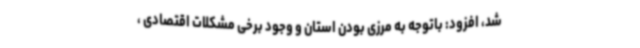
شد، افزود: باتوجه به مرزی بودن استان و وجود برخی مشکلات اقتصادی ،